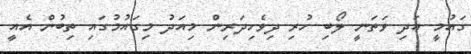
ގައުމީ އަދި ވަތަނީ ލޯބި ހުރި ދިވެހިދަރިން މިއަދު މިގައުމުގައި ތިބުން އެއީ